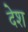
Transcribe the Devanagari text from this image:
देेश